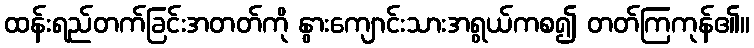
ထန်းရည်တက်ခြင်းအတတ်ကို နွားကျောင်းသားအရွယ်ကစ၍ တတ်ကြကုန်၏။